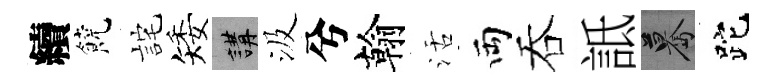
續饒詫矮講汲兮翰活両吞詆驀跎